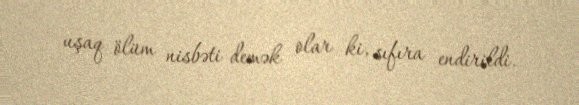
uşaq ölüm nisbəti demək olar ki, sıfıra endirildi.